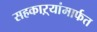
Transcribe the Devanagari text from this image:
सहकाऱ्यांमार्फत